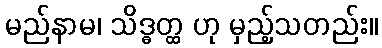
မည်နာမ၊ သိဒ္ဓတ္ထ ဟု မှည့်သတည်း။